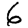
Digit: 6